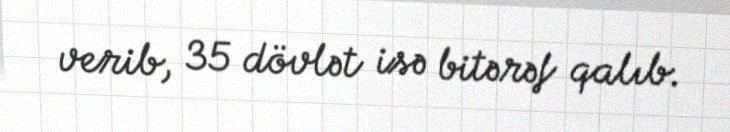
verib, 35 dövlət isə bitərəf qalıb.